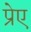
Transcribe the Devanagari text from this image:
प्रेए